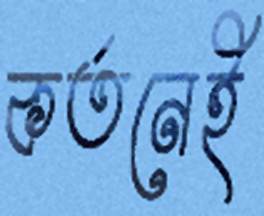
কর্তনেই